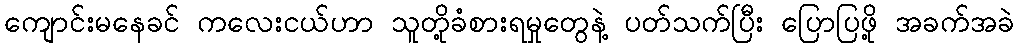
ကျောင်းမနေခင် ကလေးငယ်ဟာ သူတို့ခံစားရမှုတွေနဲ့ ပတ်သက်ပြီး ပြောပြဖို့ အခက်အခဲ